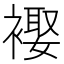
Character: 𧜱